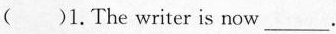
( )1.The writer is now ___.